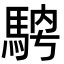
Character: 𩣁